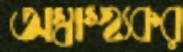
অস্বাস্হ্যকর